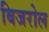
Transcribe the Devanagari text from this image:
बिजरोल